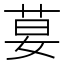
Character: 𦰇